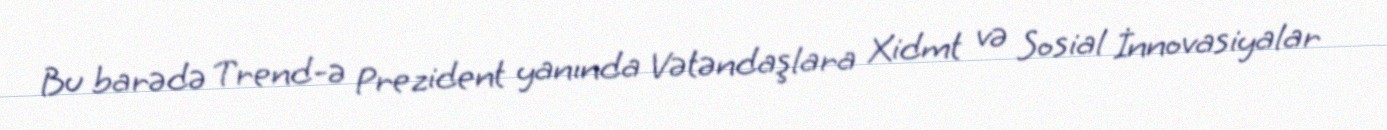
Bu barədə Trend-ə Prezident yanında Vətəndaşlara Xidmt və Sosial İnnovasiyalar